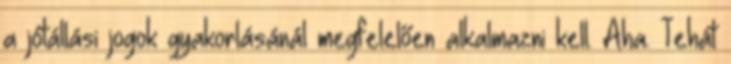
a jótállási jogok gyakorlásánál megfelelően alkalmazni kell. Aha. Tehát